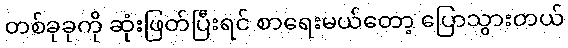
တစ်ခုခုကို ဆုံးဖြတ်ပြီးရင် စာရေးမယ်တော့ ပြောသွားတယ်